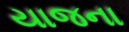
યાજના